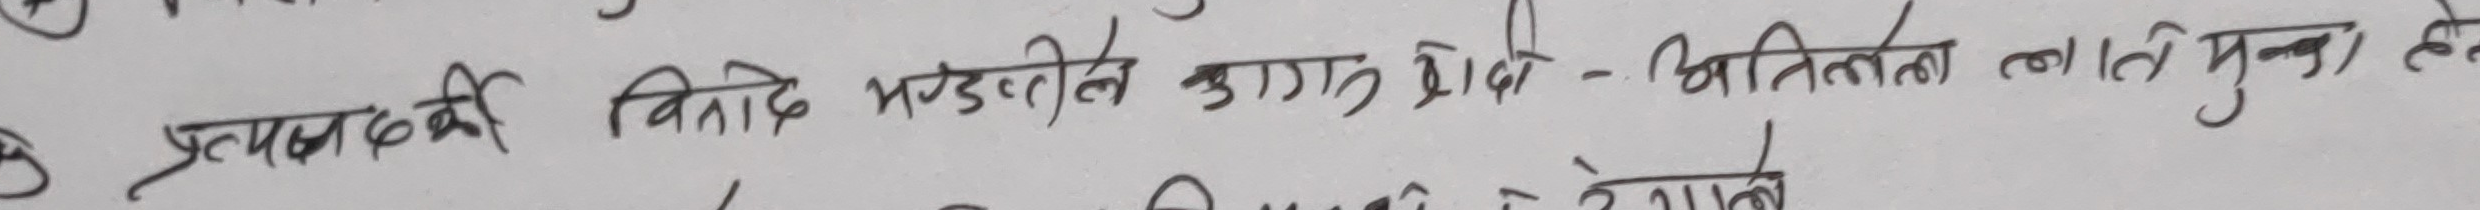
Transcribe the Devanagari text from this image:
प्रयत्न गर्दा विवाद झन्डेल कुरामा धोके - अनिश्चितता लाति मुक्त हुनुहोस